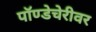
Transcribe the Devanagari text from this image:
पॉण्डेचेरीवर